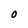
Character: O